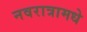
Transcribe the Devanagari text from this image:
नवरात्रामधे